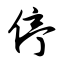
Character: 停